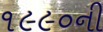
૧૯૯૦ની